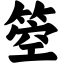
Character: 箜